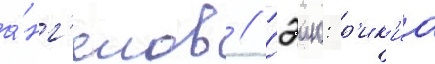
а́нг'елов // Сэию: р'ик'иа